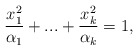
\begin{align*}\frac{x_1^2}{\alpha_1}+...+\frac{x_k^2}{\alpha_k}=1,\end{align*}